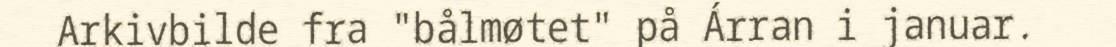
Arkivbilde fra "bålmøtet" på Árran i januar.